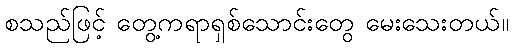
စသည်ဖြင့် တွေ့ကရာရှစ်သောင်းတွေ မေးသေးတယ်။